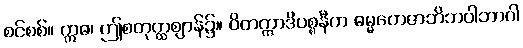
စင်စစ်။ ဣဓ၊ ဤစတုတ္ထဈာန်၌။ ဝိတက္ကာဒိပစ္စနီက ဓမ္မတေဇာဘိဘဝါဘာဝါ